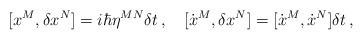
LaTeX: \begin{align*}[x^{M}, \delta x^{N}]=i\hbar\eta^{MN}\delta t\,, \quad[\dot{x}^{M}, \delta x^{N}]=[\dot{x}^{M}, \dot{x}^{N}]\delta t\,,\end{align*}